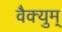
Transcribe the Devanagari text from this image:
वैक्युम्